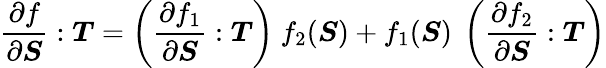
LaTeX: {\frac{\partial f}{\partial{\boldsymbol{S}}}}:{\boldsymbol{T}}=\left({\frac{\partial f_{1}}{\partial{\boldsymbol{S}}}}:{\boldsymbol{T}}\right)~f_{2}({\boldsymbol{S}})+f_{1}({\boldsymbol{S}})~\left({\frac{\partial f_{2}}{\partial{\boldsymbol{S}}}}:{\boldsymbol{T}}\right)